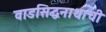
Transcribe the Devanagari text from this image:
वाडसिद्धनाथाची